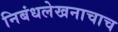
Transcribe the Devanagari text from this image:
निबंधलेखनाचाच